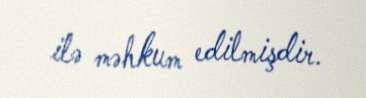
ilə məhkum edilmişdir.